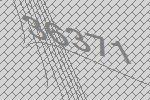
36371